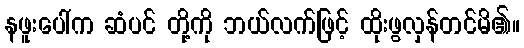
နဖူးပေါ်က ဆံပင် တို့ကို ဘယ်လက်ဖြင့် ထိုးဖွလှန်တင်မိ၏။